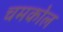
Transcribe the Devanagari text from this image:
चमकोल